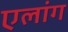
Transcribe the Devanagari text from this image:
एलांग